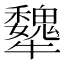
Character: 犩